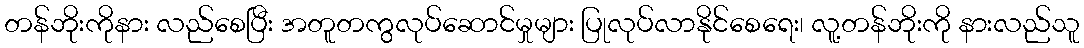
တန်ဘိုးကိုနား လည်စေပြီး အတူတကွလုပ်ဆောင်မှုများ ပြုလုပ်လာနိုင်စေရေး၊ လူ့တန်ဘိုးကို နားလည်သူ